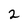
Character: 2